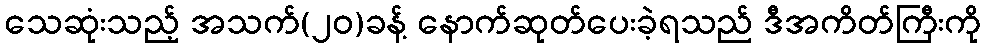
သေဆုံးသည့် အသက်(၂၀)ခန့် နောက်ဆုတ်ပေးခဲ့ရသည် ဒီအကိတ်ကြီးကို